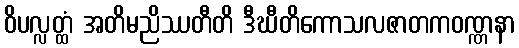
ဝိပလ္လတ္ထံ အတိမညိဿတီတိ ဒီဃီတိကောသလဇာတကဝဏ္ဏနာ